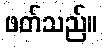
ဖတ်သည်။